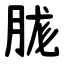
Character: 䏵